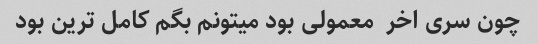
چون سری اخر  معمولی بود میتونم بگم کامل ترین بود